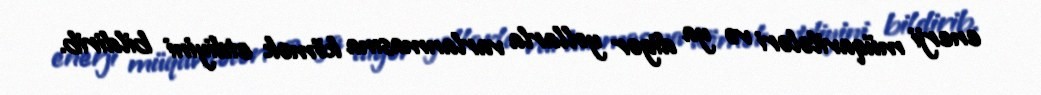
enerji müqavilələri və ya digər yollarla varlanmasına kömək etdiyini bildirib.